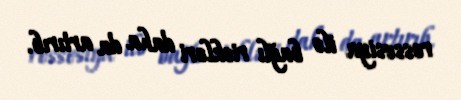
ressesiya ilə bağlı riskləri daha da artırıb.